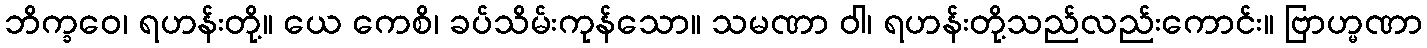
ဘိက္ခဝေ၊ ရဟန်းတို့။ ယေ ကေစိ၊ ခပ်သိမ်းကုန်သော။ သမဏာ ဝါ၊ ရဟန်းတို့သည်လည်းကောင်း။ ဗြာဟ္မဏာ